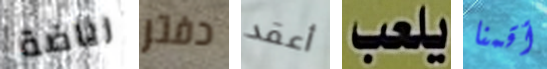
رياضة دفتر أعقد يلعب أقمنا